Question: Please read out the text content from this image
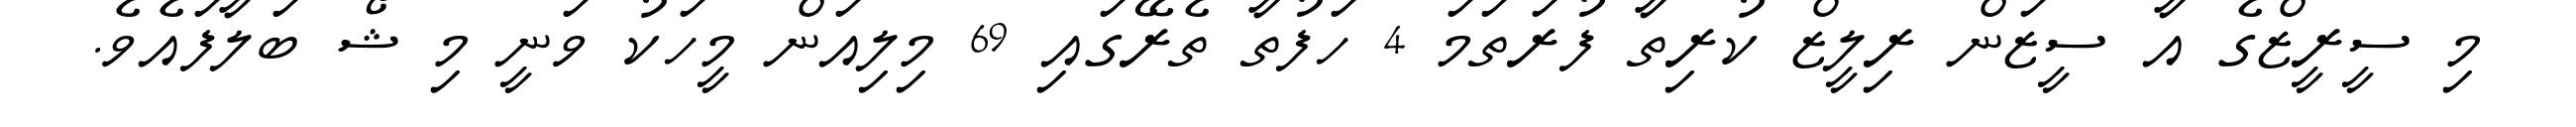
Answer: މި ސީރީޒްގެ އާ ސީޒަން ރިލީޒް ކުރިތާ ފުރަތަމަ 4 ހަފުތާ ތެރޭގައި 69 މިލިއަން މީހަކު ވަނީ މި ޝޯ ބަލާފައެވެ.